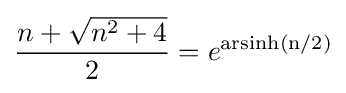
{\frac {n+{\sqrt {n^{2}+4}}}{2}}=e^{\operatorname {arsinh(n/2)} }